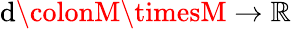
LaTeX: \mathrm{d}\colonM\timesM\rightarrow\mathbb{{R}}